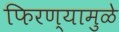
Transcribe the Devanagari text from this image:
फिरण्यामुळे